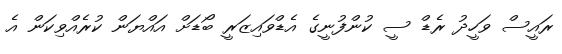
ރައީސް ވަހީދު ރެޑް ސީ ކުންފުނީގެ އެޑްވައިޒަރީ ބޯޑަށް އައްޔަން ކުރެއްވިކަން އެ